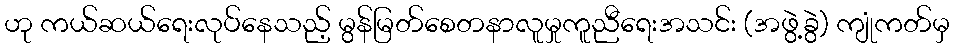
ဟု ကယ်ဆယ်ရေးလုပ်နေသည့် မွန်မြတ်စေတနာလူမှုကူညီရေးအသင်း (အဖွဲ့ခွဲ) ကျုံကတ်မှ